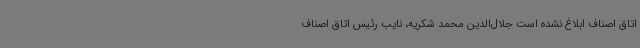
اتاق اصناف ابلاغ نشده است جلال‌الدین محمد شکریه، نایب رئیس اتاق اصناف